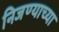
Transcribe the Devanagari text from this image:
निजण्याच्या